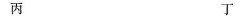
丙 丁